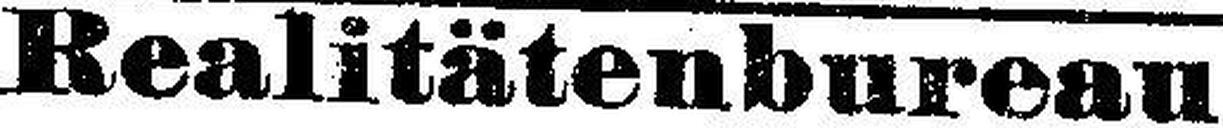
Realitätenbureau